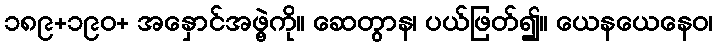
၁၈၉+၁၉၀+ အနှောင်အဖွဲ့ကို။ ဆေတွာန၊ ပယ်ဖြတ်၍။ ယေနယေနေဝ၊